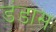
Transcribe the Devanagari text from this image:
डंडास